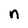
Character: n